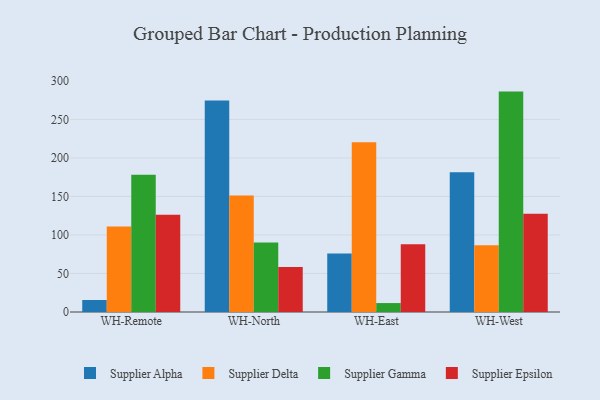
{"axis": {"x": "Warehouse", "y": "Inventory Turnover"}, "legend": ["Supplier Alpha", "Supplier Delta", "Supplier Epsilon", "Supplier Gamma"], "data": [{"x": "WH-Remote", "y": 15.6, "type": "Supplier Alpha"}, {"x": "WH-Remote", "y": 111.0, "type": "Supplier Delta"}, {"x": "WH-Remote", "y": 178.1, "type": "Supplier Gamma"}, {"x": "WH-Remote", "y": 126.4, "type": "Supplier Epsilon"}, {"x": "WH-North", "y": 274.7, "type": "Supplier Alpha"}, {"x": "WH-North", "y": 151.1, "type": "Supplier Delta"}, {"x": "WH-North", "y": 90.1, "type": "Supplier Gamma"}, {"x": "WH-North", "y": 58.3, "type": "Supplier Epsilon"}, {"x": "WH-East", "y": 75.9, "type": "Supplier Alpha"}, {"x": "WH-East", "y": 220.2, "type": "Supplier Delta"}, {"x": "WH-East", "y": 11.6, "type": "Supplier Gamma"}, {"x": "WH-East", "y": 88.1, "type": "Supplier Epsilon"}, {"x": "WH-West", "y": 181.5, "type": "Supplier Alpha"}, {"x": "WH-West", "y": 86.7, "type": "Supplier Delta"}, {"x": "WH-West", "y": 286.1, "type": "Supplier Gamma"}, {"x": "WH-West", "y": 127.6, "type": "Supplier Epsilon"}]}